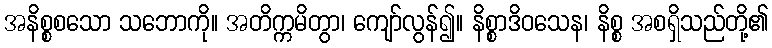
အနိစ္စစသော သဘောကို။ အတိက္ကမိတွာ၊ ကျော်လွန်၍။ နိစ္စာဒိဝသေန၊ နိစ္စ အစရှိသည်တို့၏